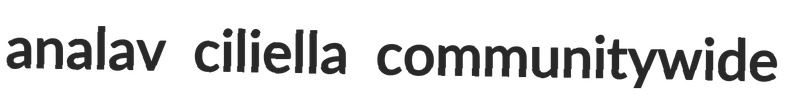
analav ciliella communitywide